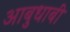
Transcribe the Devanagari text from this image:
आबुधाबी